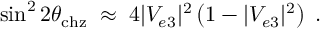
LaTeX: \sin ^ { 2 } 2 \theta _ { \mathrm { c h z } } \; \approx \; 4 | V _ { e 3 } | ^ { 2 } \left( 1 - | V _ { e 3 } | ^ { 2 } \right) \; .